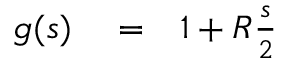
\begin{array} { r l r } { g ( s ) } & { { } = } & { 1 + R \frac { s } { 2 } } \end{array}